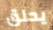
يحلق